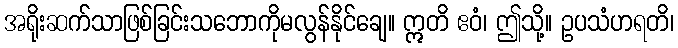
အရိုးဆက်သာဖြစ်ခြင်းသဘောကိုမလွန်နိုင်ချေ။ ဣတိ ဧဝံ၊ ဤသို့။ ဥပသံဟရတိ၊